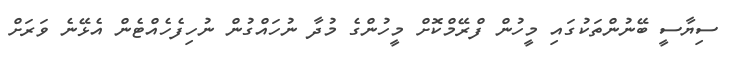
ސިޔާސީ ބޭނުންތަކުގައި މީހުން ފްރޭމްކޮށް މީހުންގެ މުދާ ނުހައްގުން ނުހިފެހެއްޓެން އެޅޭނެ ވަރަށް